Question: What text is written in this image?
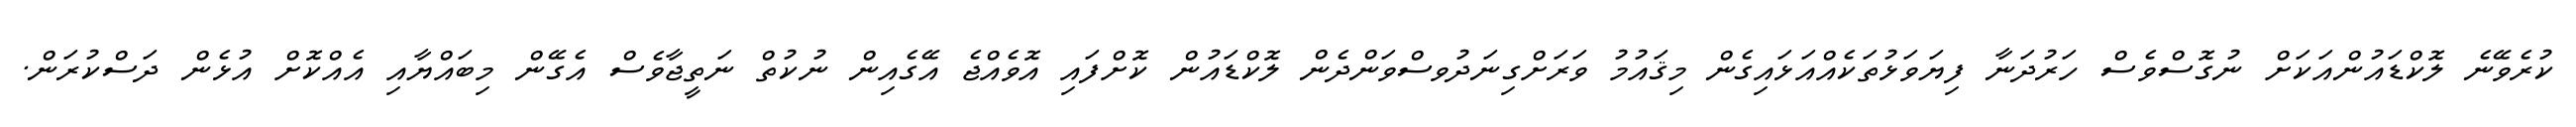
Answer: ކުރެވޭނެ ލޮކްޑައުންއަކަށް ނުގޮސްވެސް ހަރުދަނާ ފިޔަވަޅުތަކެއްއަޅައިގެން މިޤައުމު ވަރަށްގިނަދުވސްވަންދެން ލޮކްޑައުން ކޮށްފައި އޮވެއްޖެ އޭގެއިން ނުކުތް ނަތީޖާވެސް އެގޭން މިބައްޔާއި އެއްކޮށް އުޅެން ދަސްކުރަން.